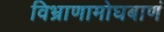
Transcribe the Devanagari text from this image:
विभ्राणामोघबाणं